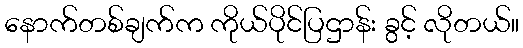
နောက်တစ်ချက်က ကိုယ်ပိုင်ပြဌာန်း ခွင့် လိုတယ်။